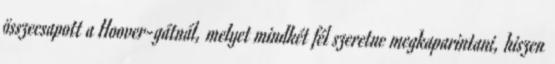
összecsapott a Hoover-gátnál, melyet mindkét fél szeretne megkaparintani, hiszen